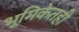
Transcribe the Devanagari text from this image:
भूमिकेतही